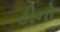
ટીનો